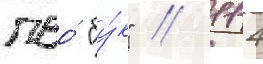
пво́ "бу́к" // 114